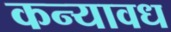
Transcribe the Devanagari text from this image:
कन्यावध